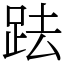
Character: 䟩